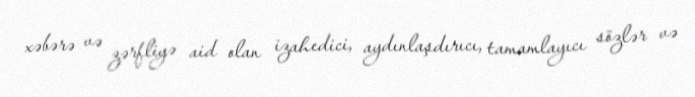
xəbərə və zərfliyə aid olan izahedici, aydınlaşdırıcı, tamamlayıcı sözlər və